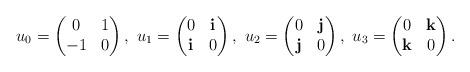
LaTeX: \begin{align*}u_{0}=\begin{pmatrix}0&1\\-{1}&0\end{pmatrix},\,\,u_{1}=\begin{pmatrix}0&{\bf i}\\{\bf i}&0\end{pmatrix},\,\,u_{2}=\begin{pmatrix}0&{\bf j}\\{\bf j}&0\end{pmatrix},\,\,u_{3}=\begin{pmatrix}0&{\bf k}\\{\bf k}&0\end{pmatrix}.\end{align*}